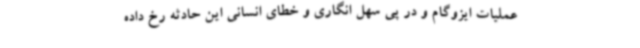
عملیات ایزوگام و در پی سهل انگاری و خطای انسانی این حادثه رخ داده